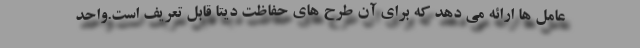
عامل ها ارائه می دهد که برای آن طرح های حفاظت دیتا قابل تعریف است.واحد